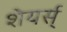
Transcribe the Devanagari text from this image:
शेयर्स्